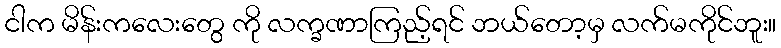
ငါက မိန်းကလေးတွေ ကို လက္ခဏာကြည့်ရင် ဘယ်တော့မှ လက်မကိုင်ဘူး။